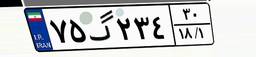
۷۰گ۷۷۴۲۲